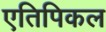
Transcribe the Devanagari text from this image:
एतिपिकल